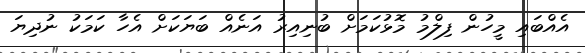
އެއްބައި މީހުން ފިލްމު މޮޅުކަމަށް ބުނިއިރު އަނެއް ބަޔަކަށް އެހާ ކަމަކު ނުދިޔަ